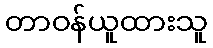
တာဝန်ယူထားသူ